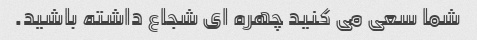
شما سعی می کنید چهره ای شجاع داشته باشید.